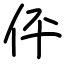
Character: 伻